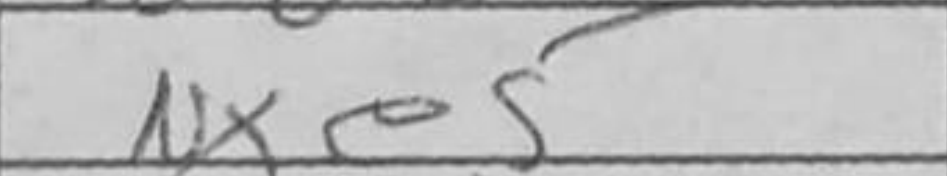
Transcription: Nxe5